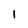
Character: l